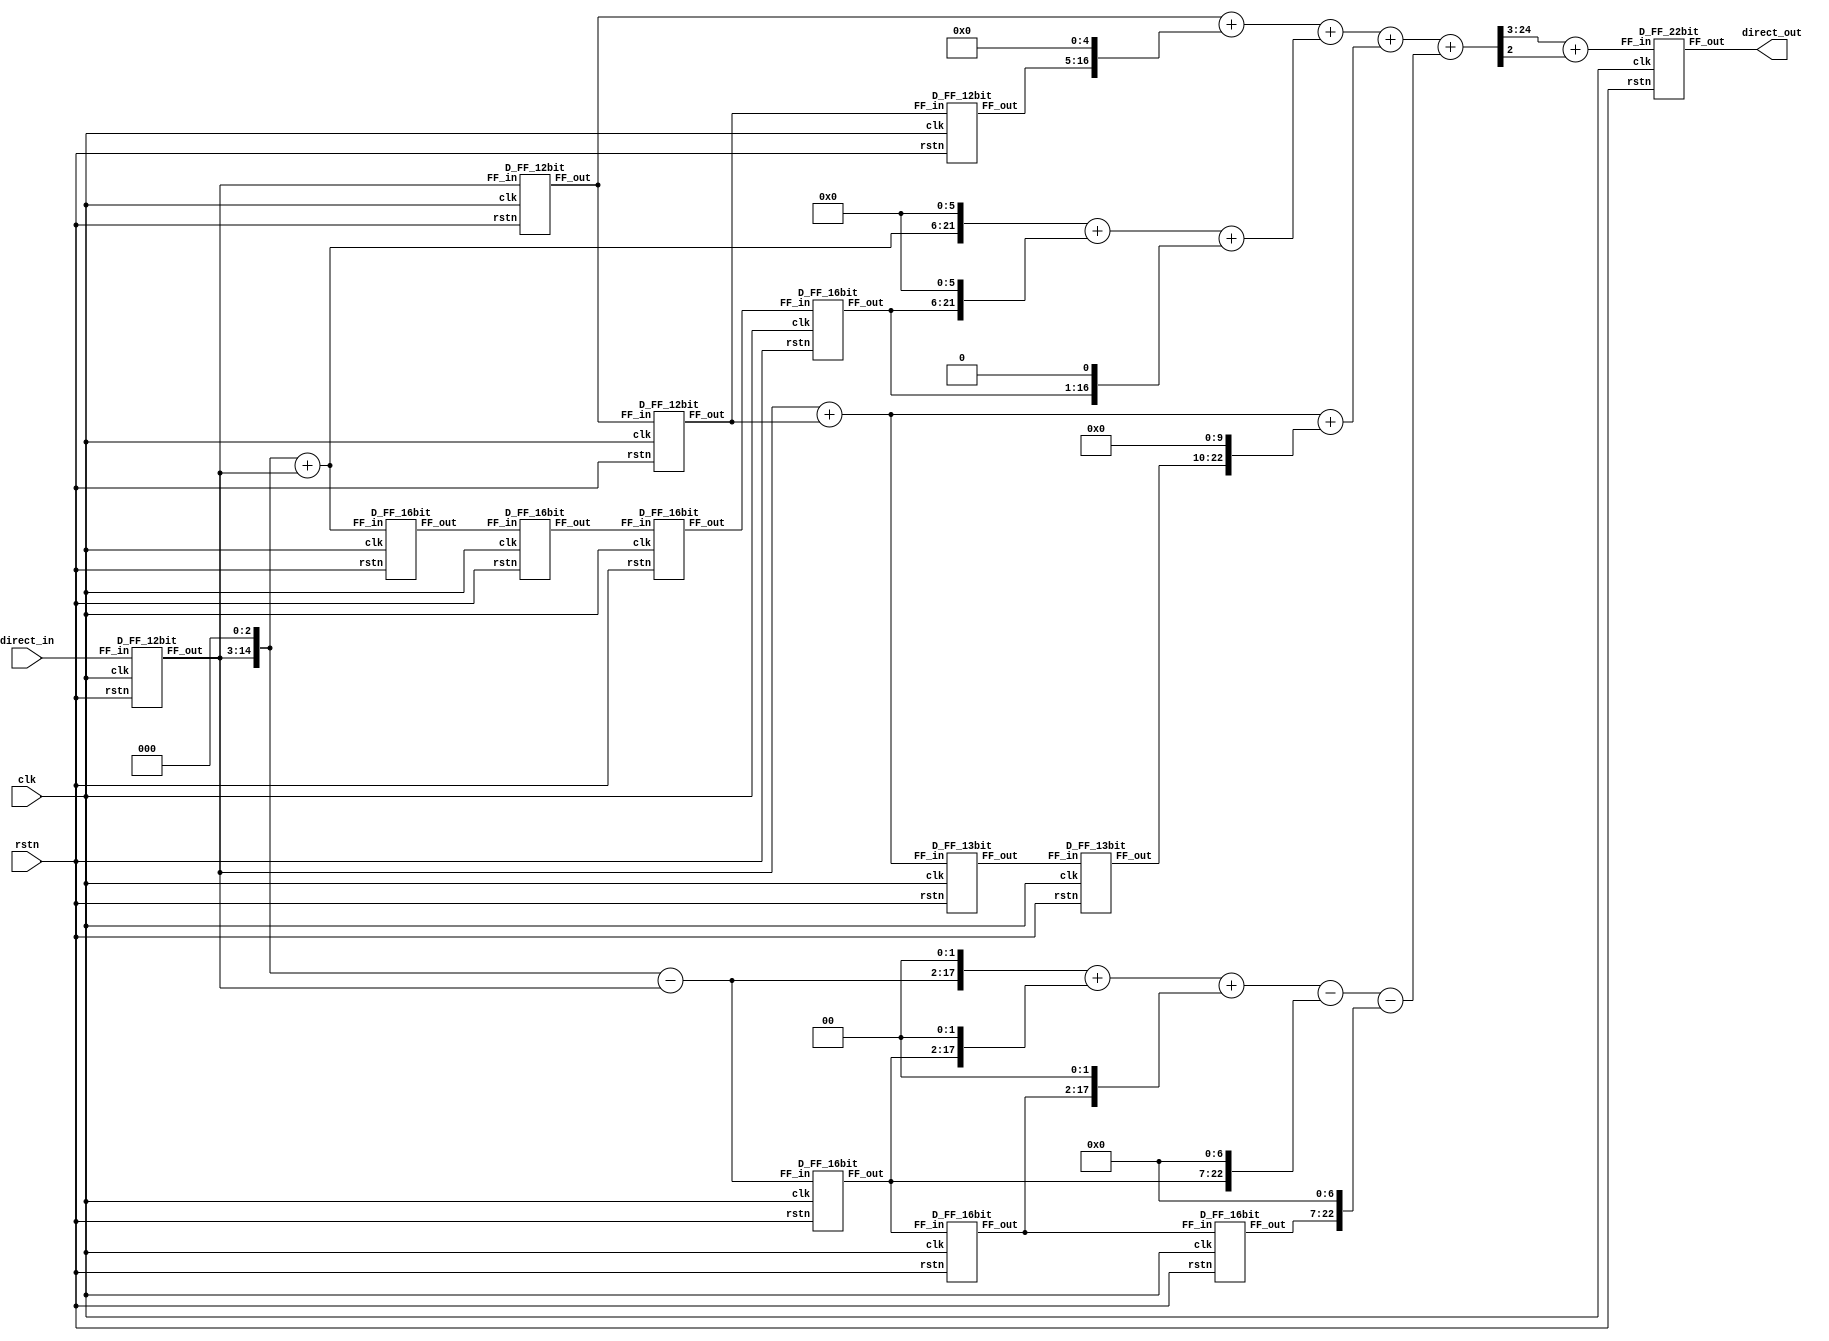
// Sub-expression Sharing in FIR Filter

module direct_filt(direct_out, direct_in, clk, rstn);

    // 22.18
    output signed[22-1:0] direct_out;
    wire signed[26-1:0] temp_out;
    // 12.10
    input signed [12-1:0] direct_in;
    input clk, rstn;
    // 12.11
    //     .
    // input signed[12-1:0] c0, c1, c2, c3, c4;

    wire signed [12-1:0] x1, x1_1, x1_2, x1_3;
    wire signed [16-1:0] x2, x2_1, x2_2, x2_3, x2_4;
    wire signed [13-1:0] x3, x3_1, x3_2;
    wire signed [16-1:0] x4, x4_1, x4_2, x4_3;

    
    D_FF_12bit FF01(x1, direct_in, clk, rstn);
    //24.22
    D_FF_12bit FF11(x1_1, x1, clk, rstn);
    D_FF_12bit FF12(x1_2, x1_1, clk, rstn);
    D_FF_12bit FF13(x1_3, x1_2, clk, rstn);

    // FF       subexpression .
    assign x2 = (x1 <<< 3) + x1;    //  15 + 12 => 16
    assign x3 = x1 + x1_2;          //  12 + 12 => 13
    assign x4 = (x1 <<< 3) - x1;    //  15 - 12 => 16

    D_FF_16bit FF021(x2_1, x2, clk, rstn);
    D_FF_16bit FF022(x2_2, x2_1, clk, rstn);
    D_FF_16bit FF023(x2_3, x2_2, clk, rstn);
    D_FF_16bit FF024(x2_4, x2_3, clk, rstn);

    D_FF_13bit FF031(x3_1, x3, clk, rstn);
    D_FF_13bit FF032(x3_2, x3_1, clk, rstn);
    
    D_FF_16bit FF041(x4_1, x4, clk, rstn);
    D_FF_16bit FF042(x4_2, x4_1, clk, rstn);
    D_FF_16bit FF043(x4_3, x4_2, clk, rstn);

    wire signed [18-1:0] x1_out; 
    wire signed [24-1:0] x2_out; 
    wire signed [26-1:0] x3_out; 
    wire signed [26-1:0] x4_out; // 24 + 24 => 25
    
    //   unsigned ,   signed .
    assign x1_out = x1_1 + (x1_3 <<< 5); // 12 + 17 => 18
    assign x2_out = (x2 <<< 6) + (x2_4 <<< 6) + (x2_4 <<< 1); // 22 + 22 + 22 => 24
    assign x3_out = x3 + (x3_2 <<< 10); // 13 + 23 => 24
    assign x4_out = (x4 <<< 2) + (x4_1 <<< 2) + (x4_2 <<< 2) - (x4_1 <<< 7)  - (x4_3 <<< 7) ;    
    // 18 + 18 + 23 + 23 => 25

    // 18 + 24 + 24 + 25 => 27
    assign temp_out = x1_out + x2_out + x3_out + x4_out;

    //  sum(abs(c0~c4))=:2.xx   +-2      +-5.x 4bit .
    //26.21 -> 22.18
    wire signed [22-1:0] mul_out;
    assign mul_out = temp_out[25-1:3] + {1'b0 , temp_out[2]};

    D_FF_22bit FFout(direct_out, mul_out, clk, rstn);
    
endmodule

module D_FF_22bit (FF_out, FF_in, clk, rstn);
    output signed [22-1:0] FF_out;
    input signed [22-1:0] FF_in;
    input clk, rstn;

    reg signed [22-1:0] FF_out;

    always @ (posedge clk) begin
        if(~rstn)
            FF_out <= 1'b0;
        else 
            FF_out <= FF_in;
    end
endmodule

module D_FF_12bit (FF_out, FF_in, clk, rstn);
    output signed [12-1:0] FF_out;
    input signed [12-1:0] FF_in;
    input clk, rstn;

    reg signed [12-1:0] FF_out;

    always @ (posedge clk) begin
        if(~rstn)
            FF_out <= 1'b0;
        else 
            FF_out <= FF_in;
    end
endmodule


module D_FF_13bit (FF_out, FF_in, clk, rstn);
    output signed [13-1:0] FF_out;
    input signed [13-1:0] FF_in;
    input clk, rstn;

    reg signed [13-1:0] FF_out;

    always @ (posedge clk) begin
        if(~rstn)
            FF_out <= 1'b0;
        else 
            FF_out <= FF_in;
    end
endmodule


module D_FF_16bit (FF_out, FF_in, clk, rstn);
    output signed [16-1:0] FF_out;
    input signed [16-1:0] FF_in;
    input clk, rstn;

    reg signed [16-1:0] FF_out;

    always @ (posedge clk) begin
        if(~rstn)
            FF_out <= 1'b0;
        else 
            FF_out <= FF_in;
    end
endmodule

module D_FF_15bit (FF_out, FF_in, clk, rstn);
    output signed [15-1:0] FF_out;
    input signed [15-1:0] FF_in;
    input clk, rstn;

    reg signed [15-1:0] FF_out;

    always @ (posedge clk) begin
        if(~rstn)
            FF_out <= 1'b0;
        else 
            FF_out <= FF_in;
    end
endmodule